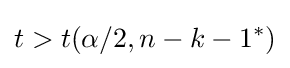
t>t(\alpha /2,n-k-1^{*})